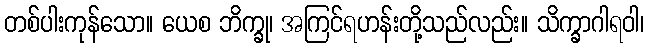
တစ်ပါးကုန်သော။ ယေစ ဘိက္ခု၊ အကြင်ရဟန်းတို့သည်လည်း။ သိက္ခာဂါရဝါ၊